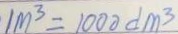
1 m ^ { 3 } = 1 0 0 0 d m ^ { 3 }